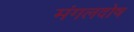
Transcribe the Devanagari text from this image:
मंगलदोष